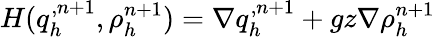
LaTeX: H(q_{h}^{,n+1},\rho_{h}^{n+1})=\nabla q_{h}^{,n+1}+gz\nabla\rho_{h}^{n+1}